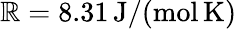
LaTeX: \mathbb{R}=8.31\, \mathrm{{J}}/(\mathrm{{mol}}\, \mathrm{{K}})